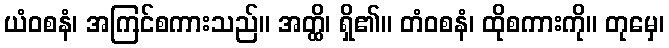
ယံဝစနံ၊ အကြင်စကားသည်။ အတ္ထိ၊ ရှိ၏။ တံဝစနံ၊ ထိုစကားကို။ တုမှေ၊